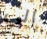
الى